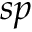
s p